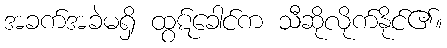
အခက်အခဲမရှိ ထွဋ်ခေါင်က သီဆိုလိုက်နိုင်၏။